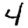
Digit: 4